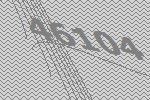
46104